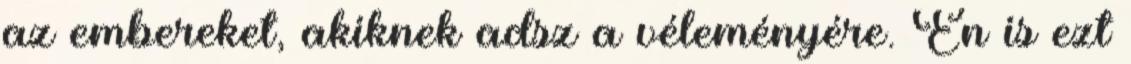
az embereket, akiknek adsz a véleményére. Én is ezt